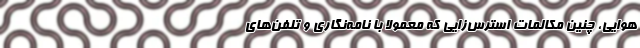
هوایی، چنین مکالمات استرس‌زایی که معمولا با نامه‌نگاری و تلفن‌های